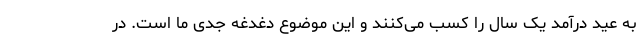
به عید درآمد یک سال را کسب می‌کنند و این موضوع دغدغه جدی ما است. در